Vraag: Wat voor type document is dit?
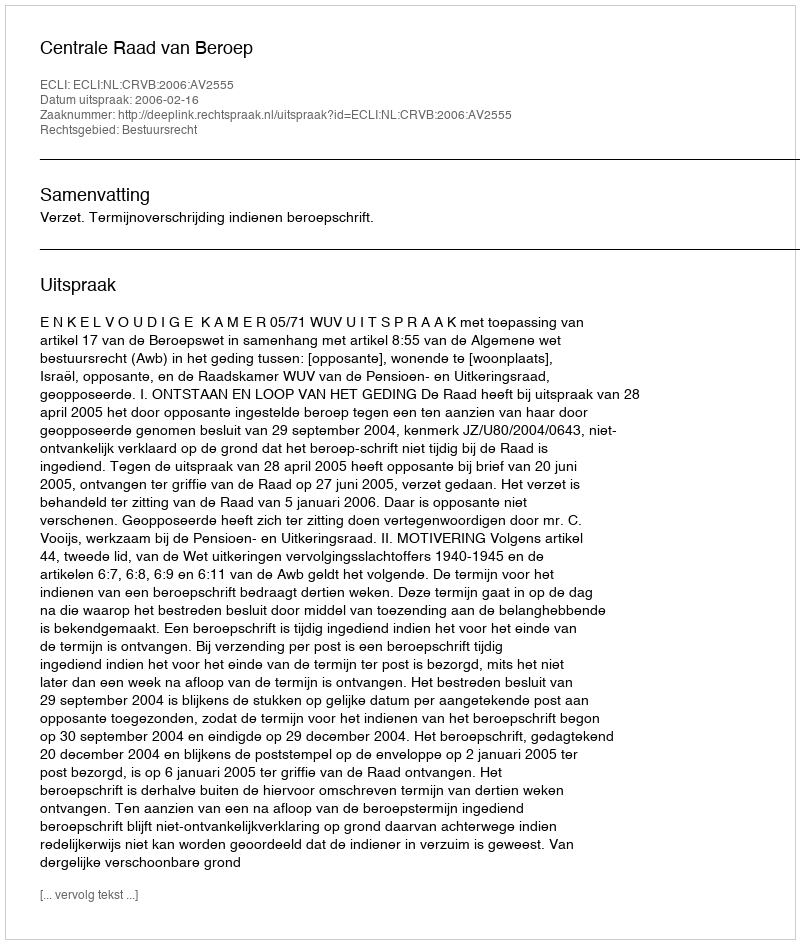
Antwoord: Uitspraak